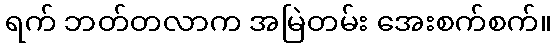
ရက် ဘတ်တလာက အမြဲတမ်း အေးစက်စက်။